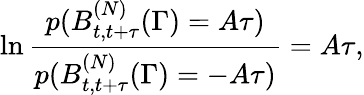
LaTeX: \ln\frac{p(B_{t,t+\tau}^{(N)}(\Gamma)=A\tau)}{p(B_{t,t+\tau}^{(N)}(\Gamma)=-A\tau)}=A\tau,